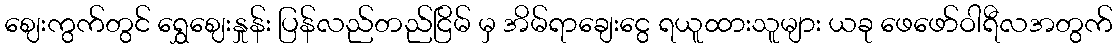
ဈေးကွက်တွင် ရွှေဈေးနှုန်း ပြန်လည်တည်ငြိမ် မှ အိမ်ရာချေးငွေ ရယူထားသူများ ယခု ဖေဖော်ဝါရီလအတွက်